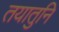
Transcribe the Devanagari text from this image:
तयातुनि